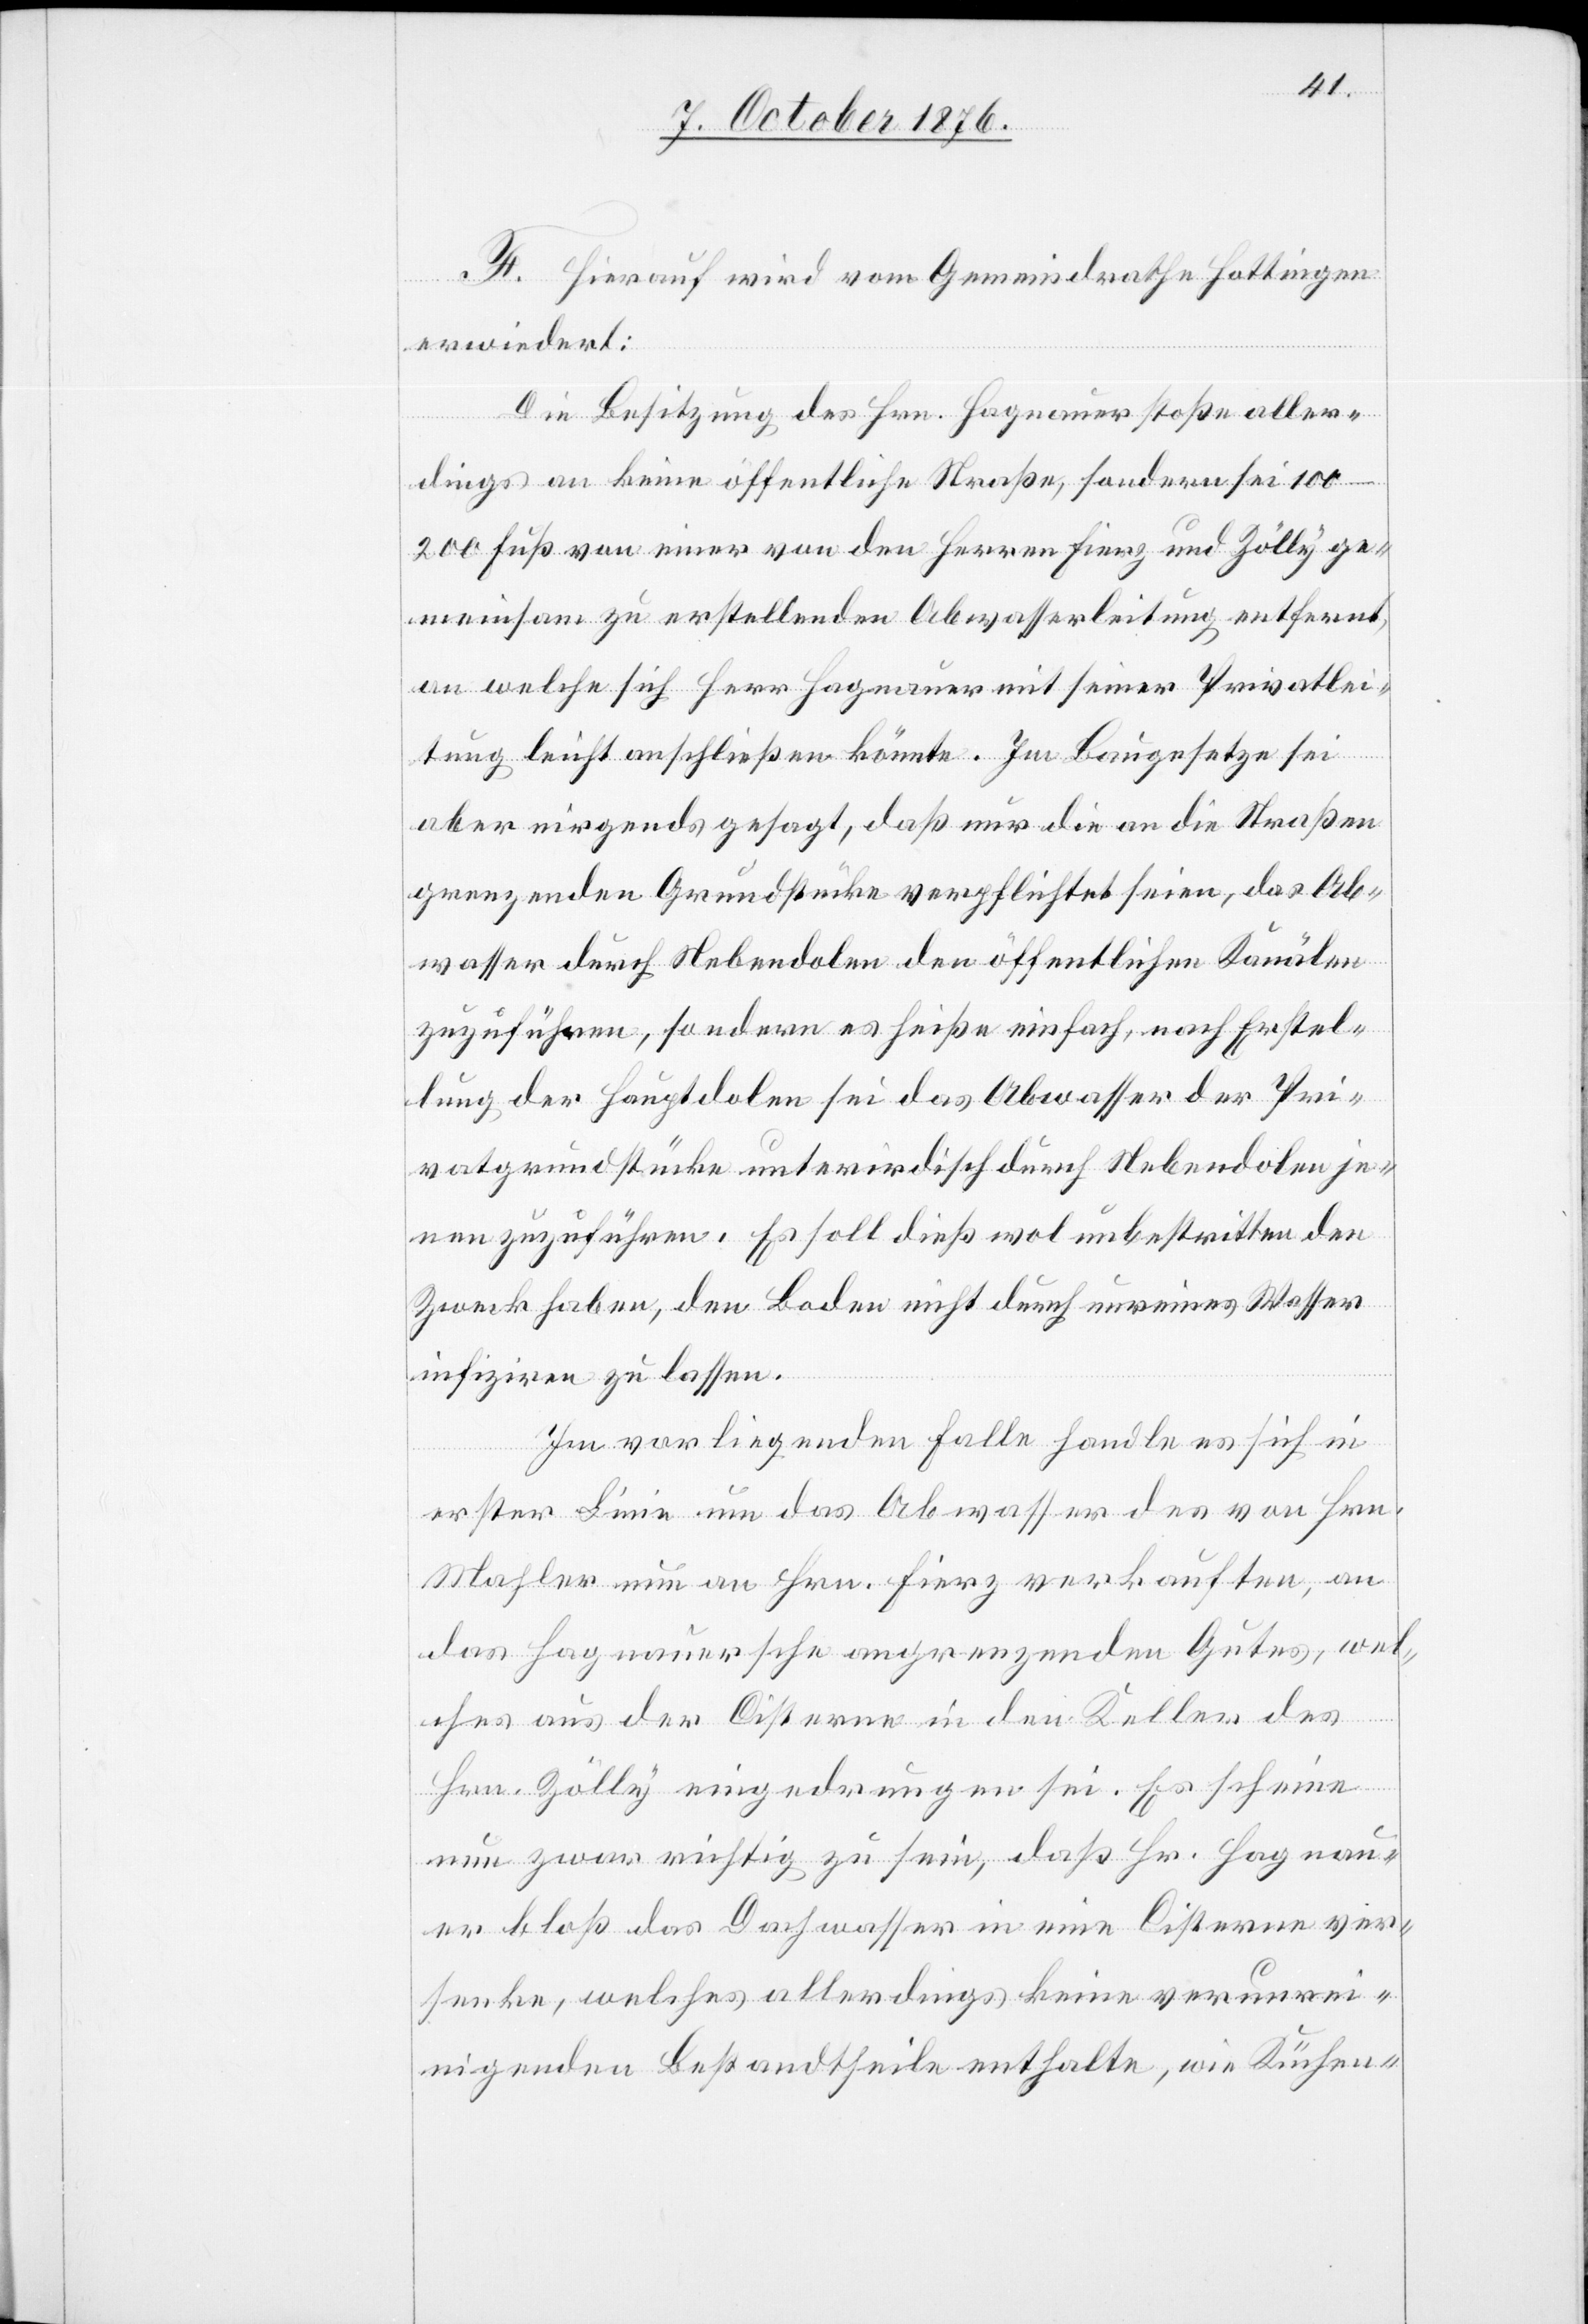
F. Hierauf wird vom Gemeindrathe Hottingen
erwiedert:
Die Besitzung des Hrn. Hagnauer stoße aller¬
dings an keine öffentliche Straße, sondern sei 100–200
Fuß von einer von den Herren Fierz und Zölly ge¬
meinsam zu erstellenden Abwasserleitung entfernt,
an welche sich Herr Hagnauer mit seiner Privatlei¬
tung leicht anschließen könnte. Im Baugesetze sei
aber nirgends gesagt, daß nur die an die Straßen
grenzenden Grundstücke verpflichtet seien, das Ab¬
wasser durch Nebendolen den öffentlichen Kanälen
zuzuführen, sondern es heiße einfach, nach Erstel¬
lung der Hauptdolen sei das Abwasser der Pri¬
vatgrundstücke unterirdisch durch Nebendolen je¬
nen zuzuführen. Es soll dieß wol unbestritten den
Zweck haben, den Boden nicht durch unreines Wasser
infiziren zu lassen.
Im vorliegenden Falle handle es sich in
erster Linie um das Abwasser des von Hrn.
Mahler nun an Hrn. Fierz verkauften, an
das Hagnauersche angrenzenden Gutes, wel¬
ches aus der Cisterne in den Keller des
Hrn. Zölly eingedrungen sei. Es scheine
nun zwar richtig zu sein, daß Hr. Hagnau¬
er bloß das Dachwasser in eine Cisterne ver¬
senke, welches allerdings keine verunrei¬
nigenden Bestandtheile enthalte, wie Küchen-